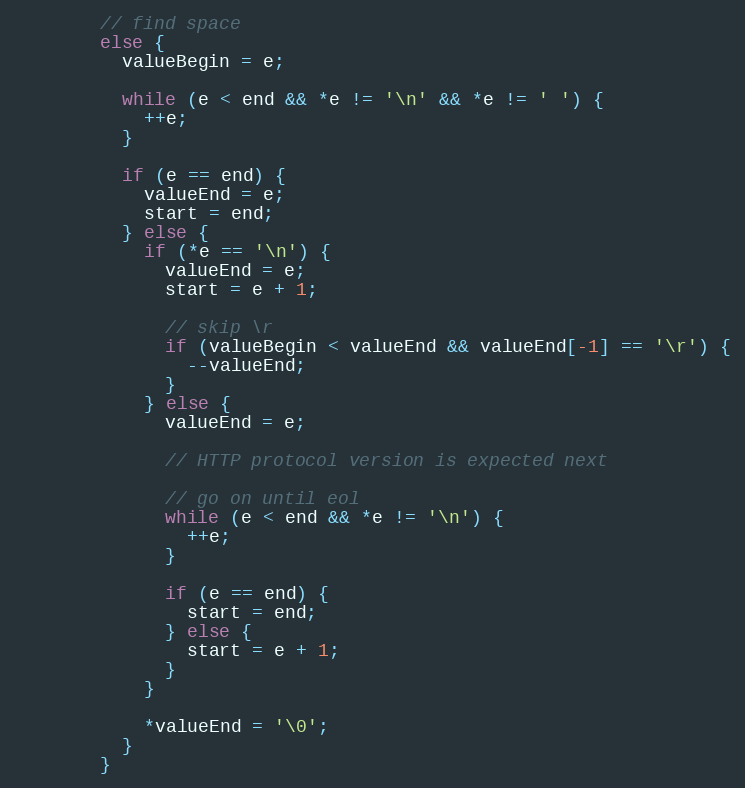
Language: C++
        // find space
        else {
          valueBegin = e;

          while (e < end && *e != '\n' && *e != ' ') {
            ++e;
          }

          if (e == end) {
            valueEnd = e;
            start = end;
          } else {
            if (*e == '\n') {
              valueEnd = e;
              start = e + 1;

              // skip \r
              if (valueBegin < valueEnd && valueEnd[-1] == '\r') {
                --valueEnd;
              }
            } else {
              valueEnd = e;

              // HTTP protocol version is expected next

              // go on until eol
              while (e < end && *e != '\n') {
                ++e;
              }

              if (e == end) {
                start = end;
              } else {
                start = e + 1;
              }
            }

            *valueEnd = '\0';
          }
        }